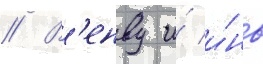
// В'енву и́ и́нь